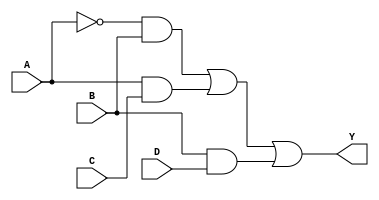
module SOP_Simplification (
    input wire A,  // Input A
    input wire B,  // Input B
    input wire C,  // Input C
    input wire D,  // Input D
    output wire Y  // Output Y (result of the SOP)
);

// Define the simplified SOP expression here
// For example, let's say the simplified expression is: Y = A'B + AC + BD'
// This is just an example; replace it with your actual simplified expression

// Intermediate signals for the product terms
wire A_not, term1, term2, term3;

// NOT gate for A
not (A_not, A);

// AND gates for product terms
and (term1, A_not, B); // A'B
and (term2, A, C);     // AC
and (term3, B, D);     // BD

// OR gate to combine the product terms
or (Y, term1, term2, term3); // Y = A'B + AC + BD

endmodule